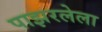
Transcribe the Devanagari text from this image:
पाझरलेला